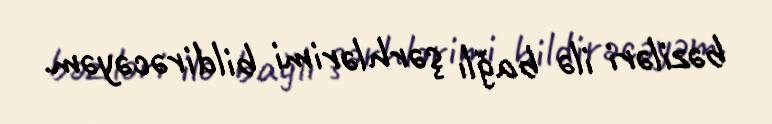
bəziləri ilə bağlı şərhlərimi bildirəcəyəm.